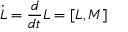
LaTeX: \dot { L } = { \frac { d } { d t } } L = [ L , M ]